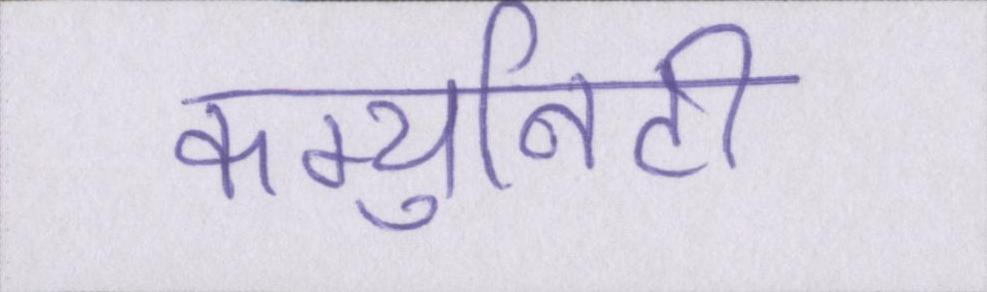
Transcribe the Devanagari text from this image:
कम्युनिटी